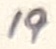
Text: 19